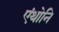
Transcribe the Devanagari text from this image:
एंथोनि